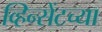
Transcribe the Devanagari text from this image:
व्हिन्सेंटच्या